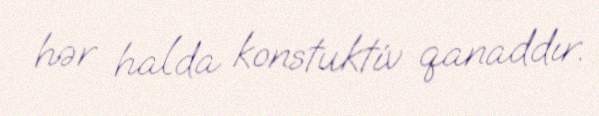
hər halda konstuktiv qanaddır.